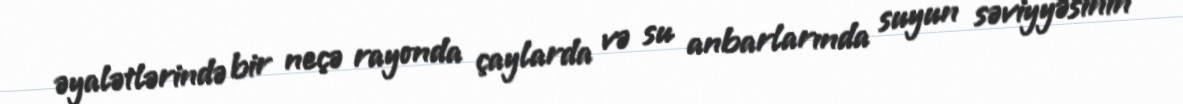
əyalətlərində bir neçə rayonda çaylarda və su anbarlarında suyun səviyyəsinin